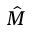
\hat { M }